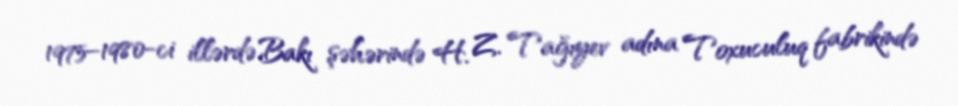
1975–1980-ci illərdə Bakı şəhərində H. Z. Tağıyev adına Toxuculuq fabrikində